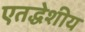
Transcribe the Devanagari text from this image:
एतद्धेशीय